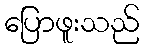
ပြောဖူးသည်